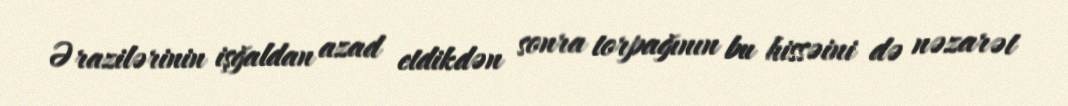
Ərazilərinin işğaldan azad etdikdən sonra torpağının bu hissəini də nəzarət